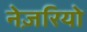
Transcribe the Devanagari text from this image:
नेज़रियो